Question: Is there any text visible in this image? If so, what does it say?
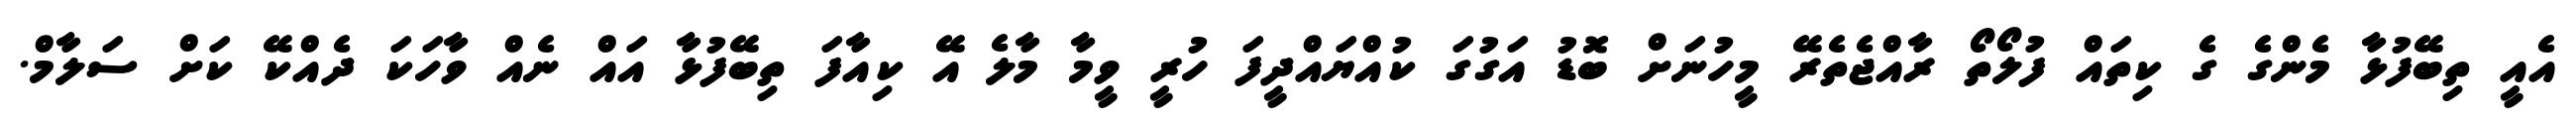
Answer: އެއީ ތިބޭފުޅާ މެންގެ ގެ ކިތައް ފުލޯތޯ ރާއްޖެތެރޭ މީހުނަށް ބޮޑު އަގުގަ ކުއްޔައްދީފަ ހުރީ ވީމާ މާލެ އޭ ކިއާފަ ތިބޭފުޅާ އައް ނެއް ވާހަކަ ދެއްކޭ ކަށް ސަލާމް.